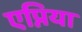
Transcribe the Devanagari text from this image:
एप्निया